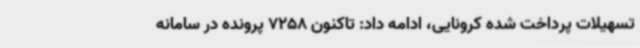
تسهیلات پرداخت شده کرونایی، ادامه داد: تاکنون 7258 پرونده در سامانه